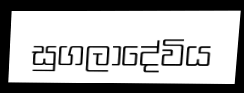
සුගලාදේවිය